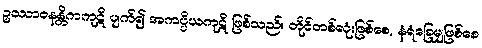
ဥဿာဝနန္တိကကုဋိ ပျက်၍ အကပ္ပိယကုဋိ ဖြစ်သည်။ တိုင်တစ်လုံးဖြစ်စေ, နံရံခြေမျှဖြစ်စေ